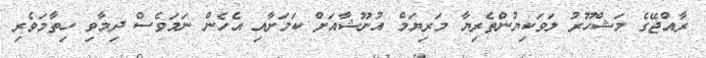
ރާއްޖޭގެ މަޝްހޫރު ލަވަކިޔުންތެރިޔާ މަރިޔަމް އުނޫޝާއަށް ކަމަށާއި އެހެން ނަމަވެސް ދިމާވި ހިތާމަވެރި